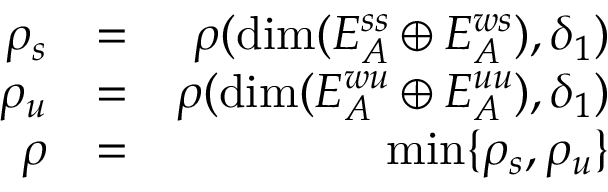
\begin{array} { r l r } { \rho _ { s } } & { = } & { \rho ( \mathrm { d i m } ( E _ { A } ^ { s s } \oplus E _ { A } ^ { w s } ) , \delta _ { 1 } ) } \\ { \rho _ { u } } & { = } & { \rho ( \mathrm { d i m } ( E _ { A } ^ { w u } \oplus E _ { A } ^ { u u } ) , \delta _ { 1 } ) } \\ { \rho } & { = } & { \operatorname* { m i n } \{ \rho _ { s } , \rho _ { u } \} } \end{array}